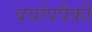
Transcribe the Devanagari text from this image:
बर्यापपैकी